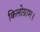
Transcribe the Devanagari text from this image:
किलोग्राम।